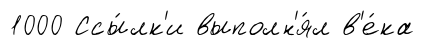
1000 Ссы́лк'и выполн'я́л в'е́ка